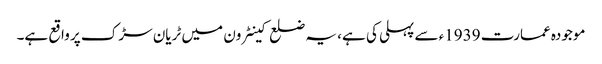
موجودہ عمارت 1939ء سے پہلی کی ہے، یہ ضلع کینٹرون میں ٹریان سڑک پر واقع ہے۔